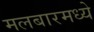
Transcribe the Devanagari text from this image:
मलबारमध्ये